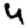
Digit: 4